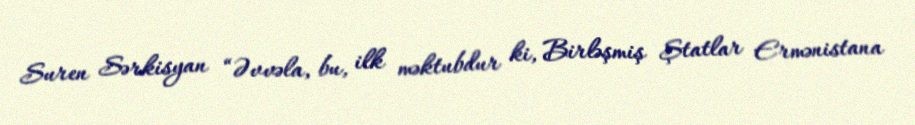
Suren Sərkisyan “Əvvəla, bu, ilk məktubdur ki, Birləşmiş Ştatlar Ermənistana